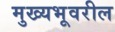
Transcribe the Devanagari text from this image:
मुख्यभूवरील